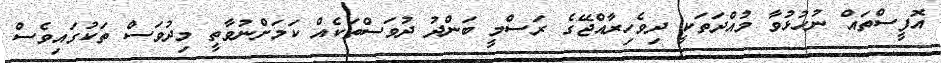
އޮފީސްތައް ނުހުޅުވާ މުއްދަތަކީ ދިވެހިރާއްޖޭގެ ރަސްމީ ބަންދު ދުވަސްތަކެއް ކަމަށްނުވާތީ މިދުވަސް ތަކުގައިވެސް